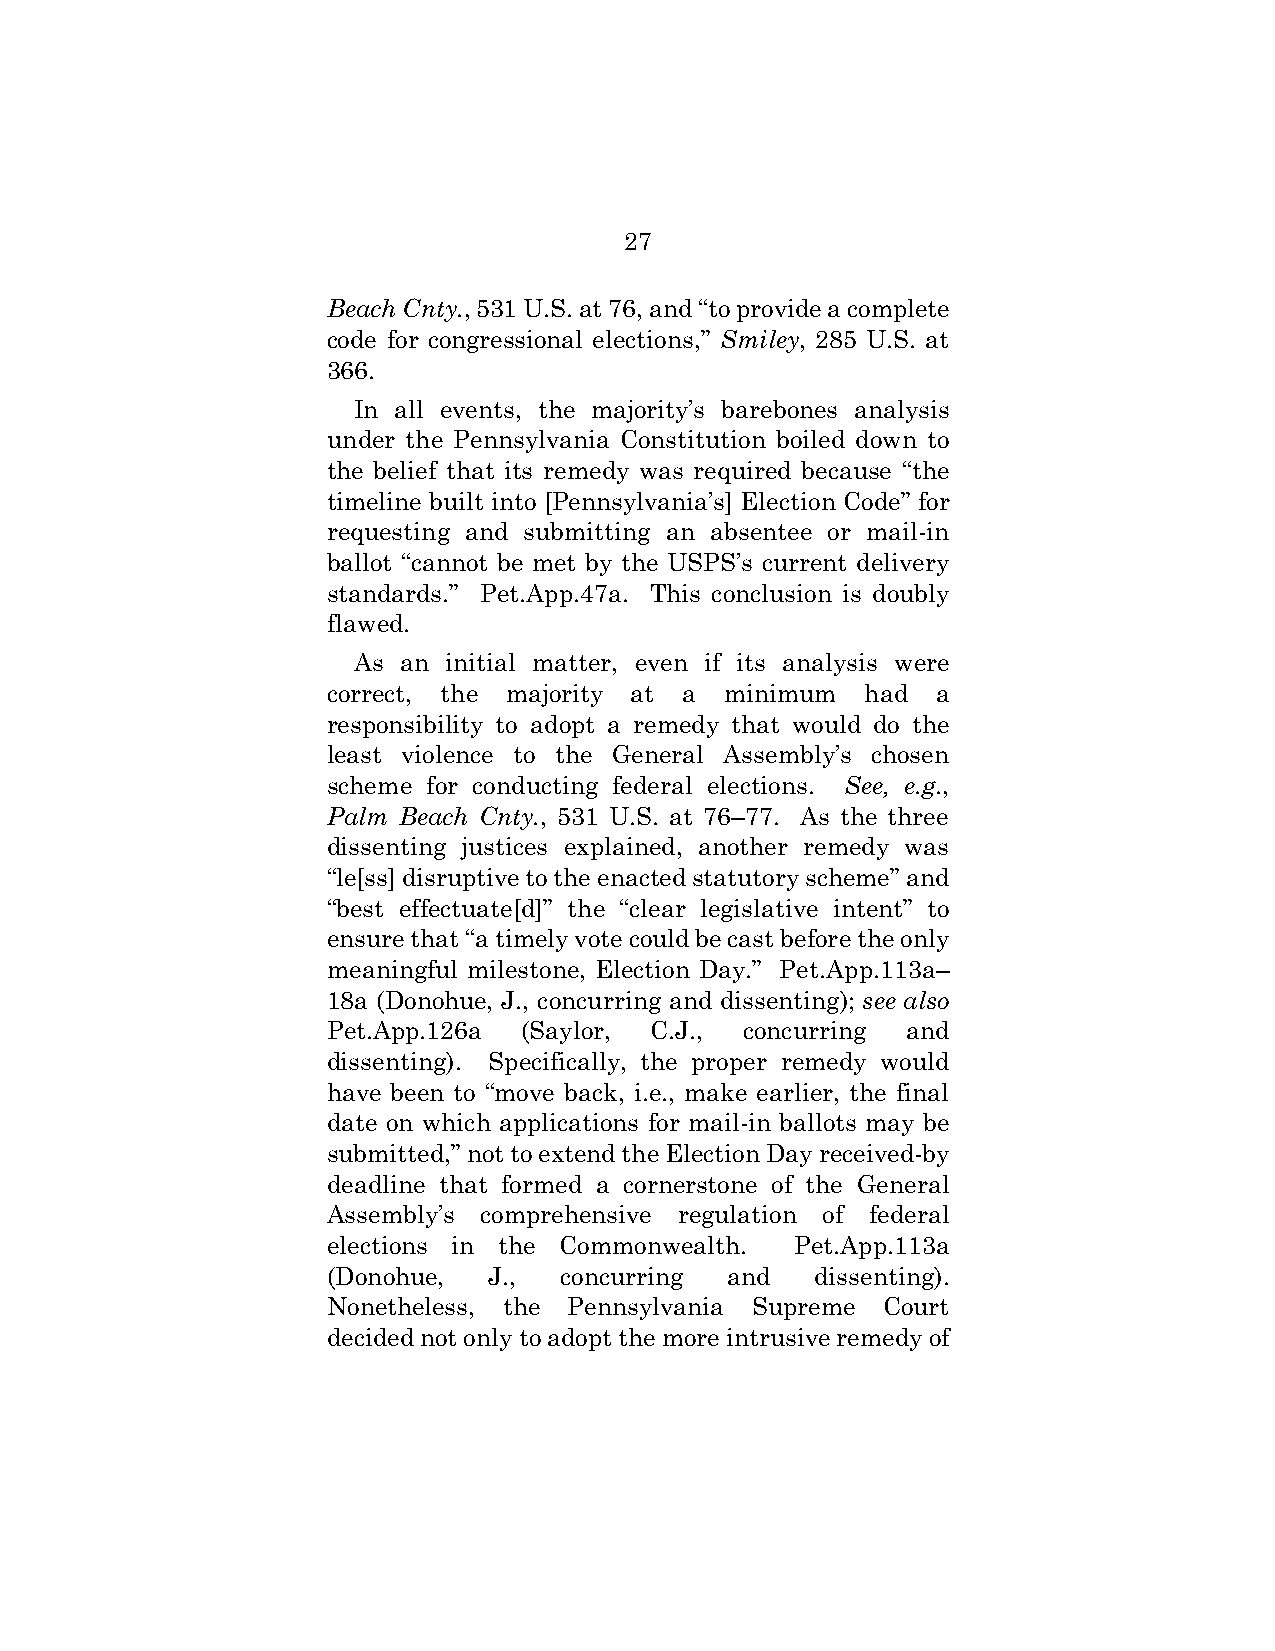
27
 Beach Cnty., 531 U.S. at 76, and “to provide a complete
 code for congressional elections,” Smiley, 285 U.S. at
 366.
 In all events, the majority’s barebones analysis
 under the Pennsylvania Constitution boiled down to
 the belief that its remedy was required because “the
 timeline built into [Pennsylvania’s] Election Code” for
 requesting and submitting an absentee or mail-in
 ballot “cannot be met by the USPS’s current delivery
 standards.” Pet.App.47a. This conclusion is doubly
 flawed.
 As an initial matter, even if its analysis were
 correct, the majority at a minimum had  a
 responsibility to adopt a remedy that would do the
 least violence to the General Assembly’s chosen
 scheme for conducting federal elections. See, e.g.,
 Palm Beach Cnty., 531 U.S. at 76–77. As the three
 dissenting justices explained, another remedy was
 “le[ss] disruptive to the enacted statutory scheme” and
 “best effectuate[d]” the “clear legislative intent” to
 ensure that “a timely vote could be cast before the only
 meaningful milestone, Election Day.” Pet.App.113a–
 18a (Donohue, J., concurring and dissenting); see also
 Pet.App.126a (Saylor, C.J., concurring and
 dissenting). Specifically, the proper remedy would
 have been to “move back, i.e., make earlier, the final
 date on which applications for mail-in ballots may be
 submitted,” not to extend the Election Day received-by
 deadline that formed a cornerstone of the General
 Assembly’s comprehensive regulation of federal
 elections in the Commonwealth. Pet.App.113a
 (Donohue, J.,  concurring and   dissenting).
 Nonetheless, the Pennsylvania Supreme Court
 decided not only to adopt the more intrusive remedy of